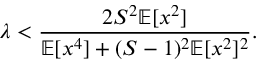
\lambda < \frac { 2 S ^ { 2 } \mathbb { E } [ x ^ { 2 } ] } { \mathbb { E } [ x ^ { 4 } ] + ( S - 1 ) ^ { 2 } \mathbb { E } [ x ^ { 2 } ] ^ { 2 } } .